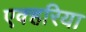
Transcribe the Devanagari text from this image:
एक्हरिया